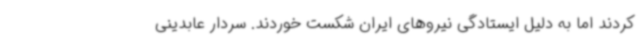
کردند اما به دلیل ایستادگی نیروهای ایران شکست خوردند. سردار عابدینی